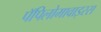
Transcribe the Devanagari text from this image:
पॅपिलोमावाइरस